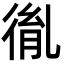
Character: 㣧